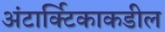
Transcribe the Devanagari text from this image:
अंटार्क्टिकाकडील